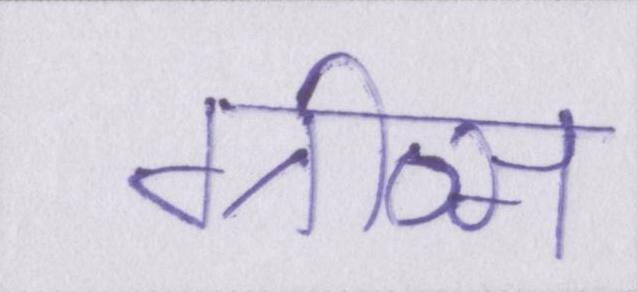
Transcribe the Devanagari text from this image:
ग्रीव्स